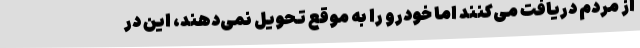
از مردم دریافت می‌کنند اما خودرو را به موقع تحویل نمی‌دهند، این در